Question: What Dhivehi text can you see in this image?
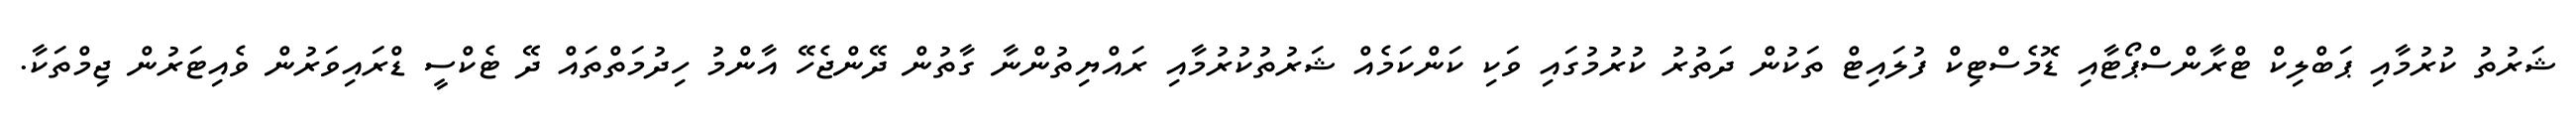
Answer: ޝަރުތު ކުރުމާއި ޕަބްލިކް ޓްރާންސްޕޯޓާއި ޑޮމެސްޓިކް ފުލައިޓް ތަކުން ދަތުރު ކުރުމުގައި ވަކި ކަންކަމެއް ޝަރުތުކުރުމާއި ރައްޔިތުންނާ ގާތުން ދޭންޖެހޭ އާންމު ހިދުމަތްތައް ދޭ ޓެކްސީ ޑްރައިވަރުން ވެއިޓަރުން ޖިމްތަކާ.